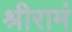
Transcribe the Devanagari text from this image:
श्रीरामं